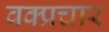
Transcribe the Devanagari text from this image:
वक्प्रचार